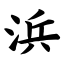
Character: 浜